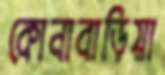
কোনাবাড়িয়া